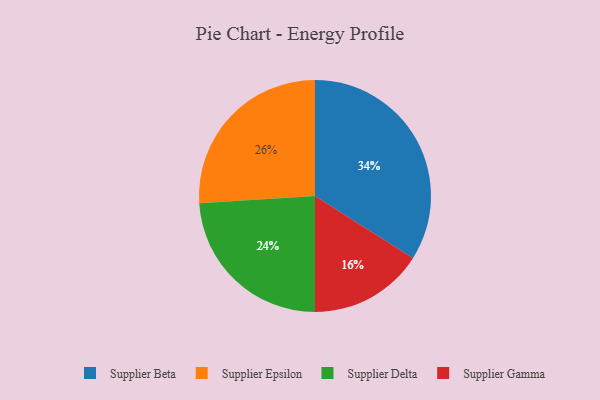
{"axis": {"x": "Category", "y": "Percentage"}, "legend": ["Supplier Beta", "Supplier Delta", "Supplier Epsilon", "Supplier Gamma"], "data": [{"x": "Supplier Gamma", "y": 16, "type": "Supplier Gamma"}, {"x": "Supplier Beta", "y": 34, "type": "Supplier Beta"}, {"x": "Supplier Epsilon", "y": 26, "type": "Supplier Epsilon"}, {"x": "Supplier Delta", "y": 24, "type": "Supplier Delta"}]}